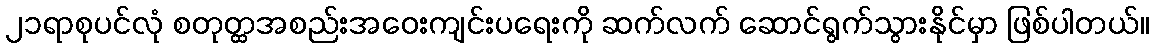
၂၁ရာစုပင်လုံ စတုတ္ထအစည်းအဝေးကျင်းပရေးကို ဆက်လက် ဆောင်ရွက်သွားနိုင်မှာ ဖြစ်ပါတယ်။